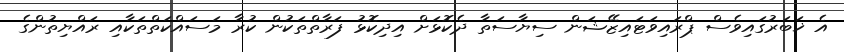
އެ ޚަބަރުގައިވެސް ޕްރައިވަޓައިޒޭޝަން ސިޔާސަތާ ދެކޮޅަށް އިދިކޮޅު ފަރާތްތަކުން ކުރާ މަސައްކަތްތަކާއި ރައްޔިތުންގެ